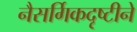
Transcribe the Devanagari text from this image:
नैसर्गिकदृष्टीने